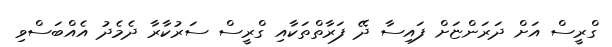
ގްރީސް އަށް ދަރަންޏަށް ފައިސާ ދޭ ފަރާތްތަކާއި ގްރީސް ސަރުކާރާ ދެމެދު އެއްބަސްވި